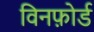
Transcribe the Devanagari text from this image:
विनफ़ोर्ड